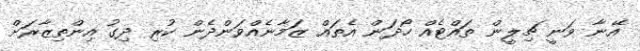
އޭނާ ވަނީ ޗިލީން ތައްޓެއް ހޯދަން އެތައް ޒަމާނެއްވަންދެން ކުރި ދިގު އިންތިޒާރަށް